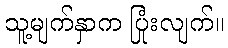
သူ့မျက်နှာက ပြုံးလျက်။